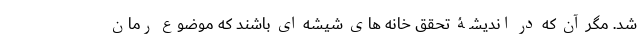
شد. مگر آن که در اندیشۀ تحقق خانه های شیشه ای باشند که موضوع رُمان